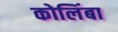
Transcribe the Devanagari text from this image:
कोलिंबा